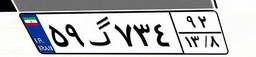
۵۹گ۷۳۴۹۲